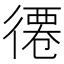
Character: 𢕖